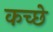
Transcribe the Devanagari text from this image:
कच्छे